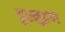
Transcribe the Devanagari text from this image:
दूरमुद्रण